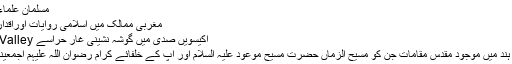
مسلمان علماء کے لیے چیلنج
مغربی ممالک میں اسلامی روایات اوراقدارکو زندہ رکھیں
اکیسویں صدی میں گوشہ نشینی غار حراسے Silicion Valley تک
برصغیر پاک و ہند میں موجود مقدس مقامات جن کو مسیح الزماں حضرت مسیح موعود علیہ السلام اور آپؑ کے خلفائے کرام رضوان اللّٰہ علیہم اجمعیننےبرکت بخشی